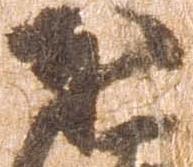
本